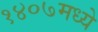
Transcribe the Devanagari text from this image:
१४०७मध्ये